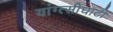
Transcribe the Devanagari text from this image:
यांग्त्सीघाटी